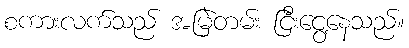
စကားလက်သည် အမြဲတမ်း ငြီးငွေ့နေသည်။